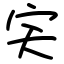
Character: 宎